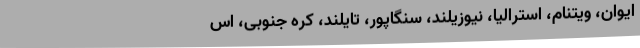
ایوان، ویتنام، استرالیا، نیوزیلند، سنگاپور، تایلند، کره جنوبی، اس